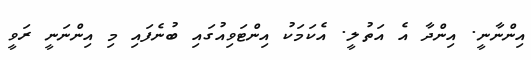
އިންނާނީ. އިންދާ އެ އަތުލީ. އެކަމަކު އިންޓަވިއުގައި ބުނެފައި މި އިންނަނީ ރަވީ